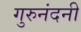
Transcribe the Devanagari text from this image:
गुरुनंदनी